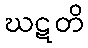
ဃဋတိ